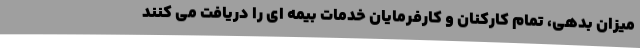
میزان بدهی، تمام کارکنان و کارفرمایان خدمات بیمه ای را دریافت می کنند